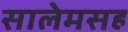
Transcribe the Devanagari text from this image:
सालेमसह